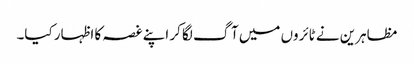
مظاہرین نے ٹائروں میں آگ لگا کر اپنے غصہ کا اظہار کیا۔